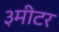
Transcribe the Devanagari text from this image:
३मीटर